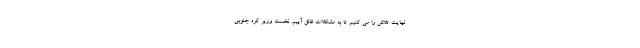
نهایت تلاش را می کنیم تا به مشکلات فائق آییم. نخست وزیر کره جنوبی